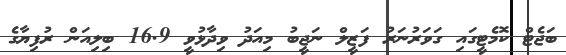
ބަޖެޓް ކޮމެޓީގައި ގަވަރުނަރު ފަޒީލް ނަޖީބު މިއަދު ވިދާޅުވީ 16.9 ބިލިއަން ރުފިޔާގެ